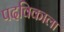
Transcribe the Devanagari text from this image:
पदविकाला